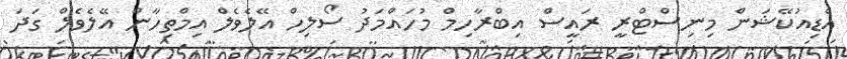
އެޑިއުކޭޝަން މިނިސްޓްރީ ރައީސް އިބްރާހިމް މުހައްމަދު ސޯލިހް އޭލެވެލް އިމްތިހާން އޭލެވެލް ގަދަ